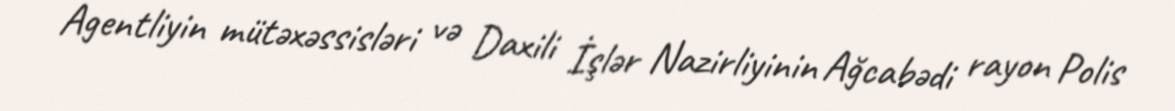
Agentliyin mütəxəssisləri və Daxili İşlər Nazirliyinin Ağcabədi rayon Polis